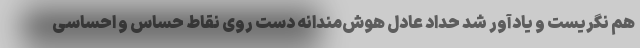
هم نگریست و یادآور شد حداد عادل هوش‌مندانه دست روی نقاط حساس و احساسی